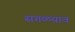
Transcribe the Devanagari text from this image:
सगळ्याव